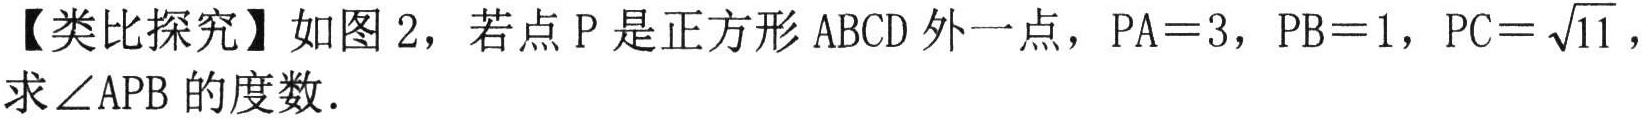
【类比探究】如图2，若点\(P\)是正方形\(ABCD\)外一点，\(PA = 3\)，\(PB = 1\)，\(PC=\sqrt{11}\)，
求\(\angle APB\)的度数.